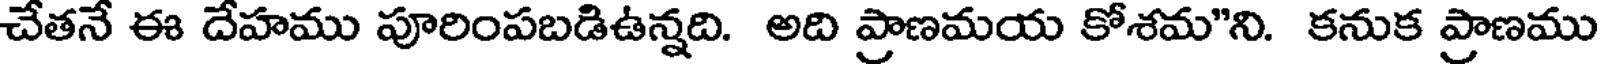
చేతనే ఈ దేహము పూరింపబడిఉన్నది. అది ప్రాణమయ కోశమ"ని. కనుక ప్రాణము